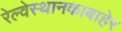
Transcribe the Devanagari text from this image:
रेल्वेस्थानकाबाहेर